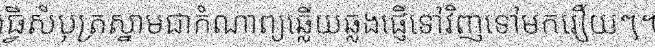
ធ្វើសំបុត្រស្នាមជាកំណាព្យឆ្លើយឆ្លងផ្ញើទៅវិញទៅមករឿយៗ។